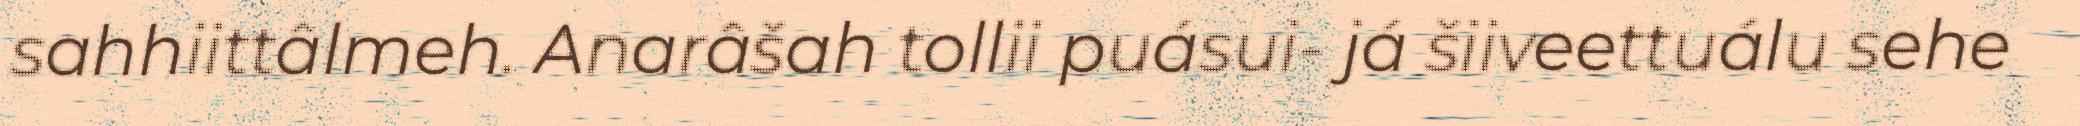
sahhiittâlmeh. Anarâšah tollii puásui- já šiiveettuálu sehe